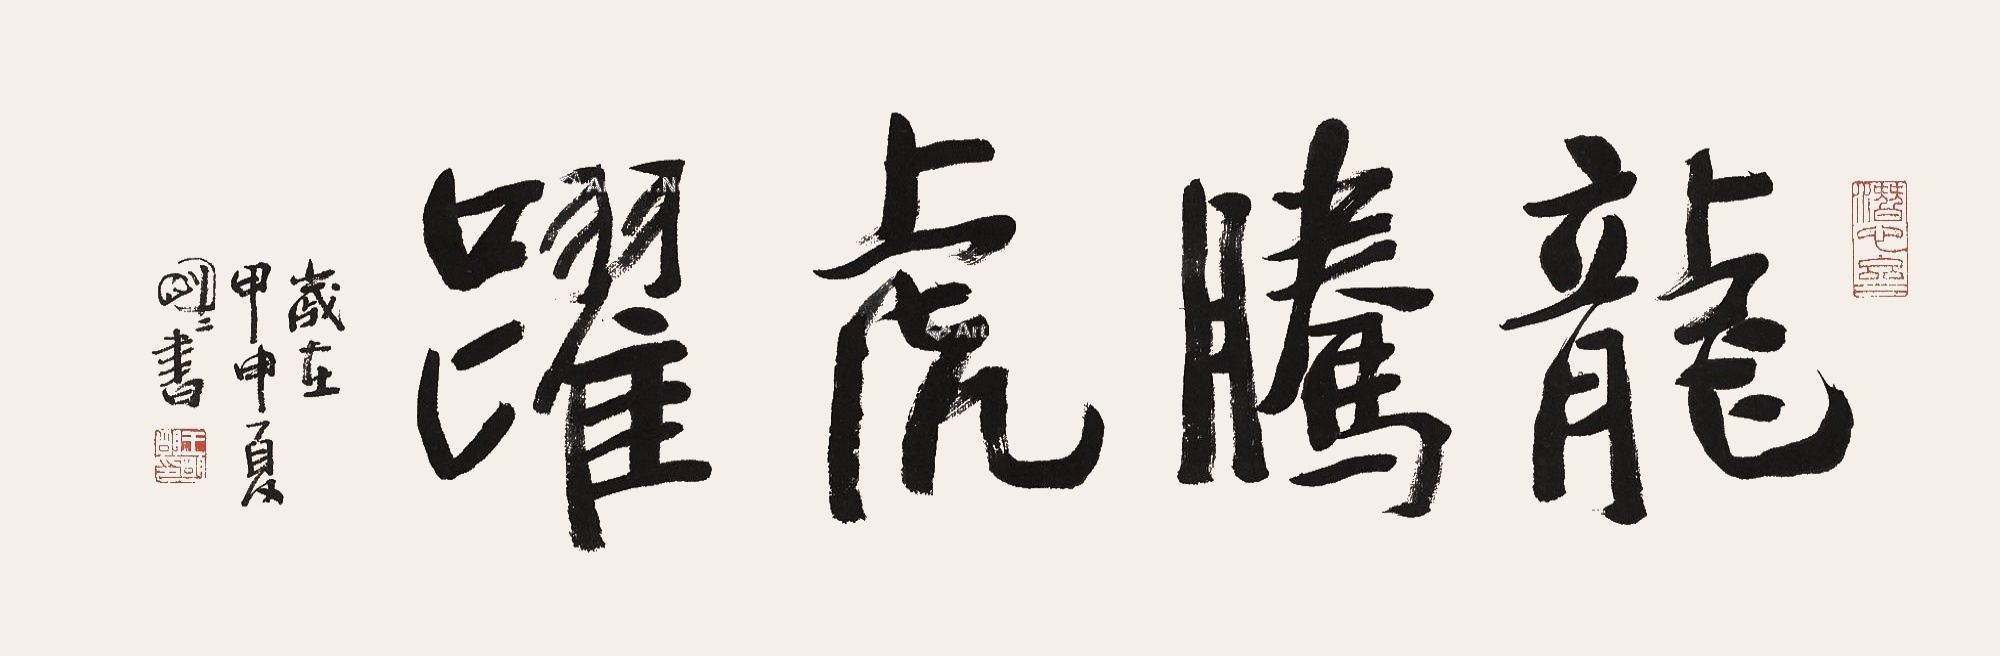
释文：龙腾虎跃。岁在甲申夏，明明书。